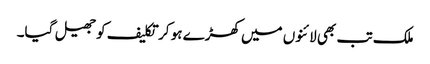
ملک تب بھی لائنوں میں کھڑے ہو کر تکلیف کو جھیل گیا۔